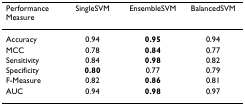
<table><thead><tr><td><b>Performance Measure</b></td><td><b>SingleSVM</b></td><td><b>EnsembleSVM</b></td><td><b>BalancedSVM</b></td></tr></thead><tbody><tr><td>Accuracy</td><td>0.94</td><td><b>0.95</b></td><td>0.94</td></tr><tr><td>MCC</td><td>0.78</td><td><b>0.84</b></td><td>0.77</td></tr><tr><td>Sensitivity</td><td>0.84</td><td><b>0.98</b></td><td>0.82</td></tr><tr><td>Specificity</td><td><b>0.80</b></td><td>0.77</td><td>0.79</td></tr><tr><td>F-Measure</td><td>0.82</td><td><b>0.86</b></td><td>0.81</td></tr><tr><td>AUC</td><td>0.94</td><td><b>0.98</b></td><td>0.97</td></tr></tbody></table>